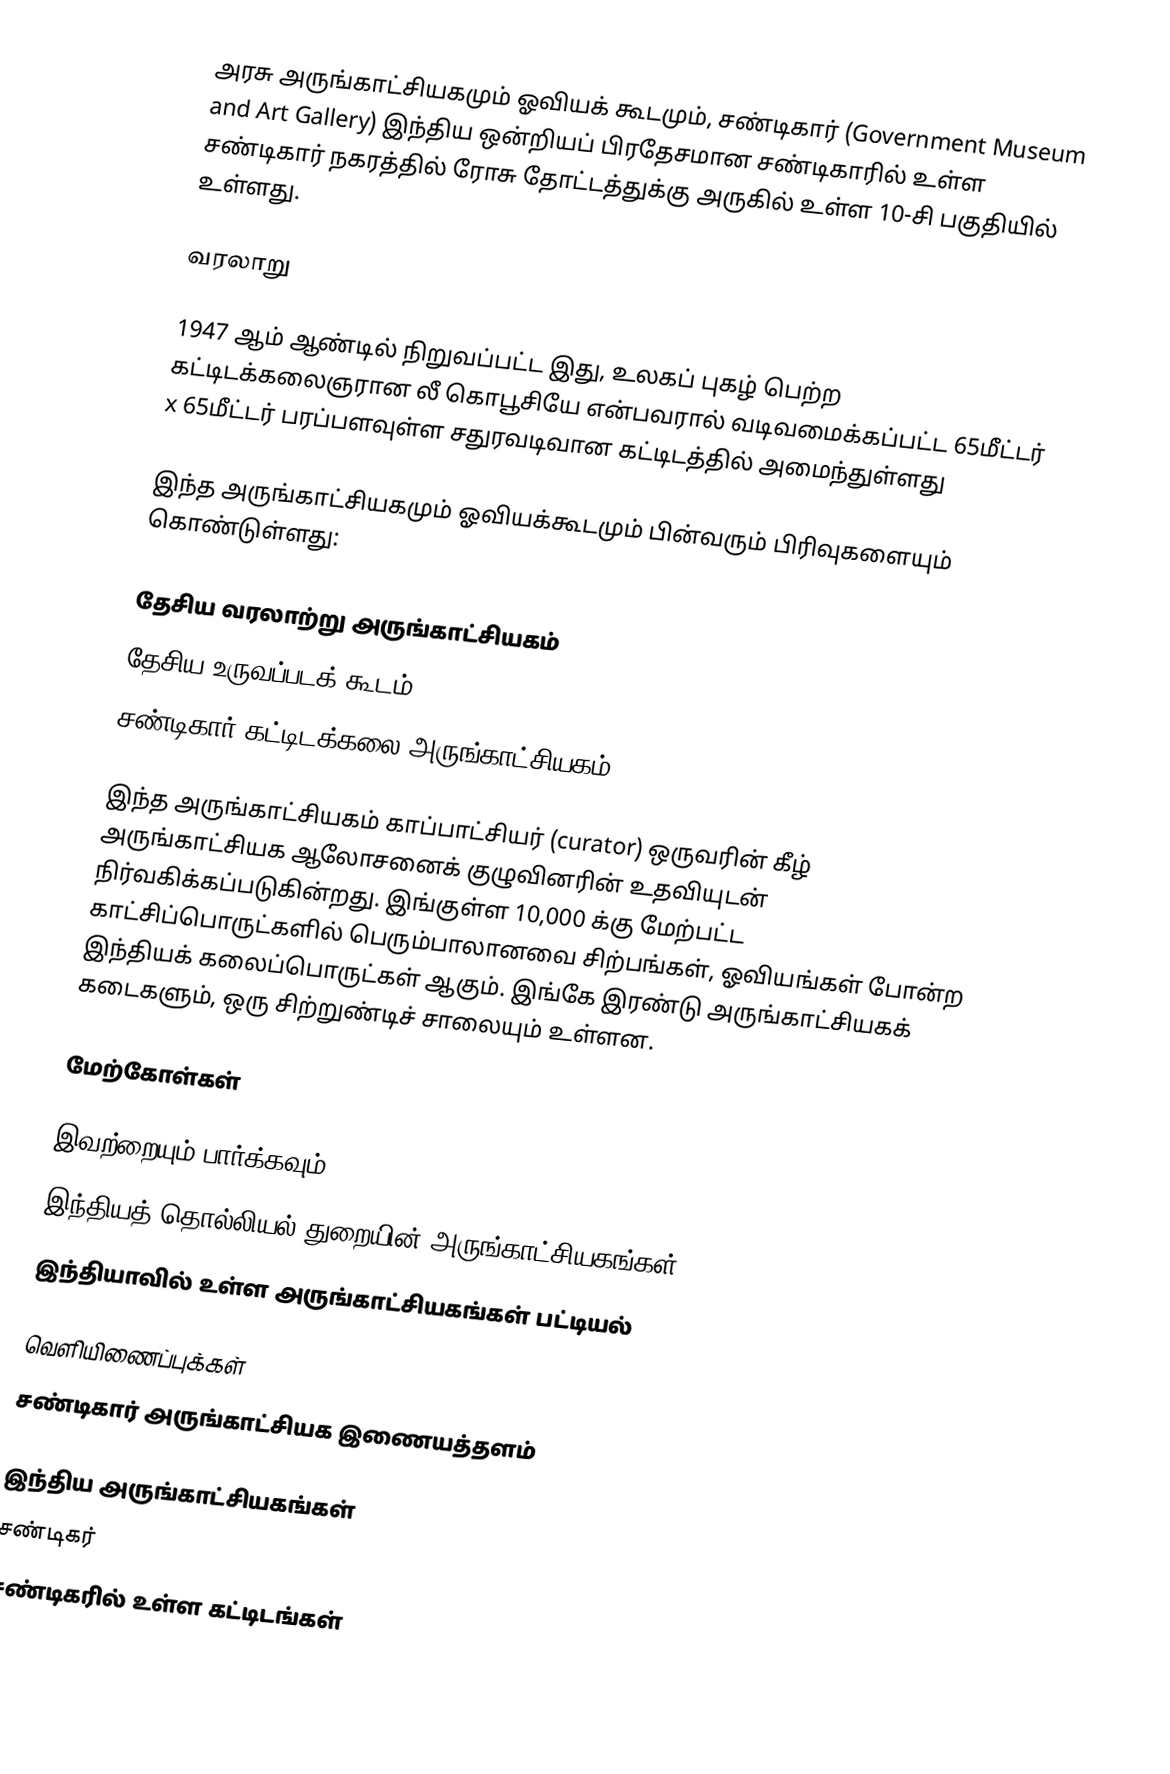
அரசு அருங்காட்சியகமும் ஓவியக் கூடமும், சண்டிகார் (Government Museum and Art Gallery) இந்திய ஒன்றியப் பிரதேசமான சண்டிகாரில் உள்ள சண்டிகார் நகரத்தில் ரோசு தோட்டத்துக்கு அருகில் உள்ள 10-சி பகுதியில் உள்ளது.

வரலாறு

1947 ஆம் ஆண்டில் நிறுவப்பட்ட இது, உலகப் புகழ் பெற்ற கட்டிடக்கலைஞரான லீ கொபூசியே என்பவரால் வடிவமைக்கப்பட்ட 65மீட்டர் x 65மீட்டர் பரப்பளவுள்ள சதுரவடிவான கட்டிடத்தில் அமைந்துள்ளது

இந்த அருங்காட்சியகமும் ஓவியக்கூடமும் பின்வரும் பிரிவுகளையும் கொண்டுள்ளது:

 தேசிய வரலாற்று அருங்காட்சியகம்
 தேசிய உருவப்படக் கூடம்
 சண்டிகார் கட்டிடக்கலை அருங்காட்சியகம்

இந்த அருங்காட்சியகம் காப்பாட்சியர் (curator) ஒருவரின் கீழ் அருங்காட்சியக ஆலோசனைக் குழுவினரின் உதவியுடன் நிர்வகிக்கப்படுகின்றது. இங்குள்ள 10,000 க்கு மேற்பட்ட காட்சிப்பொருட்களில் பெரும்பாலானவை சிற்பங்கள், ஓவியங்கள் போன்ற இந்தியக் கலைப்பொருட்கள் ஆகும். இங்கே இரண்டு அருங்காட்சியகக் கடைகளும், ஒரு சிற்றுண்டிச் சாலையும் உள்ளன.

மேற்கோள்கள்

இவற்றையும் பார்க்கவும்
 இந்தியத் தொல்லியல் துறையின் அருங்காட்சியகங்கள்
 இந்தியாவில் உள்ள அருங்காட்சியகங்கள் பட்டியல்

வெளியிணைப்புக்கள்
சண்டிகார் அருங்காட்சியக இணையத்தளம்

இந்திய அருங்காட்சியகங்கள்
சண்டிகர்
சண்டிகரில் உள்ள கட்டிடங்கள்